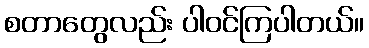
စတာတွေလည်း ပါဝင်ကြပါတယ်။